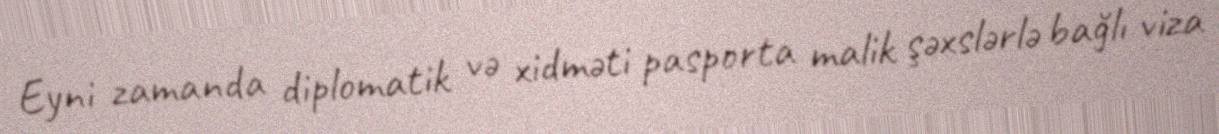
Eyni zamanda diplomatik və xidməti pasporta malik şəxslərlə bağlı viza